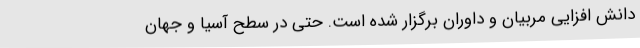
دانش افزایی مربیان و داوران برگزار شده است. حتی در سطح آسیا و جهان